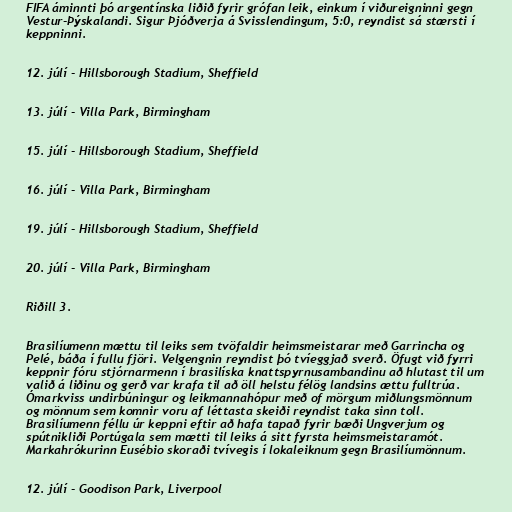
FIFA áminnti þó argentínska liðið fyrir grófan leik, einkum í viðureigninni gegn
Vestur-Þýskalandi. Sigur Þjóðverja á Svisslendingum, 5:0, reyndist sá stærsti í
keppninni.

12. júlí - Hillsborough Stadium, Sheffield

13. júlí - Villa Park, Birmingham

15. júlí - Hillsborough Stadium, Sheffield

16. júlí - Villa Park, Birmingham

19. júlí - Hillsborough Stadium, Sheffield

20. júlí - Villa Park, Birmingham

Riðill 3.

Brasilíumenn mættu til leiks sem tvöfaldir heimsmeistarar með Garrincha og
Pelé, báða í fullu fjöri. Velgengnin reyndist þó tvíeggjað sverð. Öfugt við fyrri
keppnir fóru stjórnarmenn í brasilíska knattspyrnusambandinu að hlutast til um
valið á liðinu og gerð var krafa til að öll helstu félög landsins ættu fulltrúa.
Ómarkviss undirbúningur og leikmannahópur með of mörgum miðlungsmönnum
og mönnum sem komnir voru af léttasta skeiði reyndist taka sinn toll.
Brasilíumenn féllu úr keppni eftir að hafa tapað fyrir bæði Ungverjum og
spútnikliði Portúgala sem mætti til leiks á sitt fyrsta heimsmeistaramót.
Markahrókurinn Eusébio skoraði tvívegis í lokaleiknum gegn Brasilíumönnum.

12. júlí - Goodison Park, Liverpool